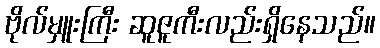
ဗိုလ်မှူးကြီး ဆူဇူကီးလည်းရှိနေသည်။